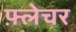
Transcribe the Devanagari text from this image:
फ़्लेचर